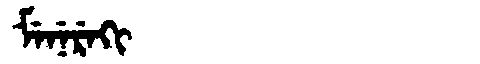
Manchu: ᠮᡝᠨᡝᡵᡝᡴᡳ
Romanization: MENEREKI